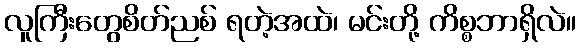
လူကြီးတွေစိတ်ညစ် ရတဲ့အထဲ၊ မင်းတို့ ကိစ္စဘာရှိလဲ။